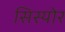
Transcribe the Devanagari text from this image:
सिस्योर